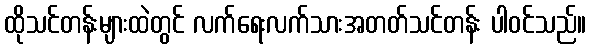
ထိုသင်တန်းများထဲတွင် လက်ရေးလက်သားအတတ်သင်တန်း ပါဝင်သည်။